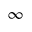
_ { \infty }